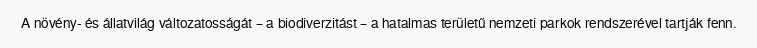
A növény- és állatvilág változatosságát – a biodiverzitást – a hatalmas területű nemzeti parkok rendszerével tartják fenn.